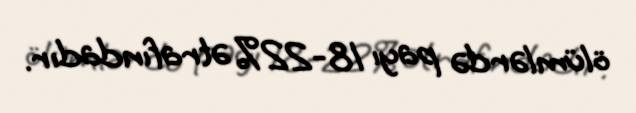
ölümlərdə payı 18-22% ətrafındadır.